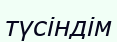
түсіндім